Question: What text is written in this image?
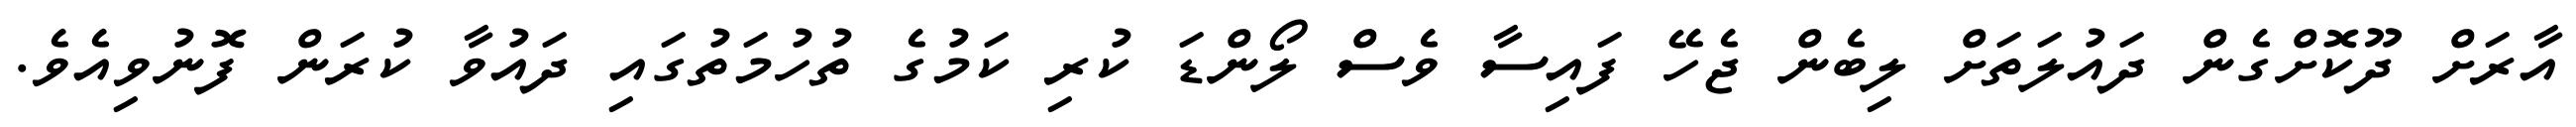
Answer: އާރަށް ދޫކޮށްގެން ދައުލަތަށް ލިބެން ޖެހޭ ފައިސާ ވެސް ލޯންޑަ ކުރި ކަމުގެ ތުހުމަތުގައި ދައުވާ ކުރަން ފޮނުވިއެވެ.